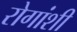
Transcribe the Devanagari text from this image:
रोगांशी